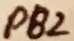
Text: PB2